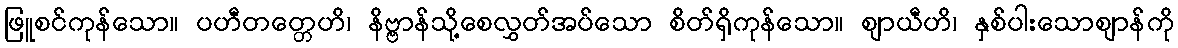
ဖြူစင်ကုန်သော။ ပဟီတတ္တေဟိ၊ နိဗ္ဗာန်သို့စေလွှတ်အပ်သော စိတ်ရှိကုန်သော။ ဈာယီဟိ၊ နှစ်ပါးသောဈာန်ကို